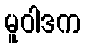
မူဝါဒက